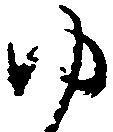
ゆ